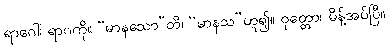
ရာဂေါ၊ ရာဂကို။ “မာနသော”တိ၊ “မာနသ”ဟူ၍။ ဝုတ္တော၊ မိန့်အပ်ပြီ။